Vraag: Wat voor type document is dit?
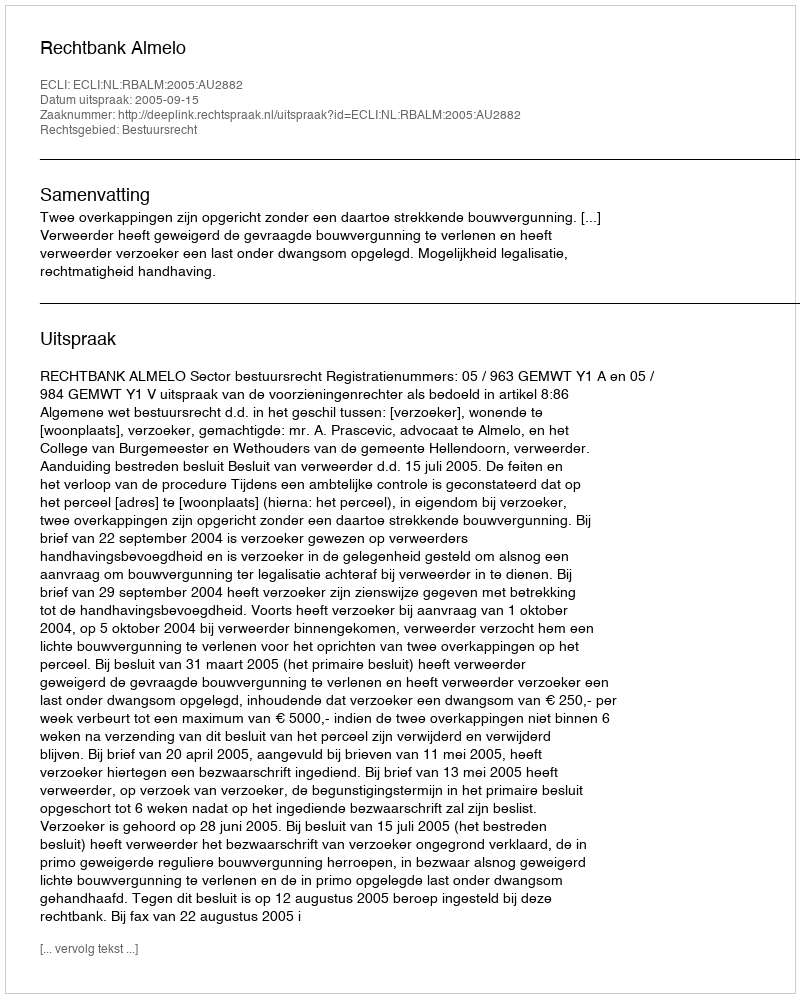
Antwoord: Uitspraak